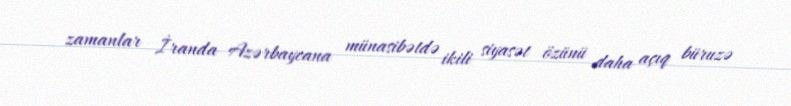
zamanlar İranda Azərbaycana münasibətdə ikili siyasət özünü daha açıq büruzə